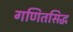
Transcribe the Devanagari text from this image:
गणितसिद्ध